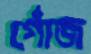
গোঁজ